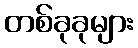
တစ်ခုခုများ